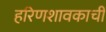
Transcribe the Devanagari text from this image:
हरिणशावकाची